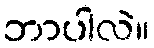
ဘာပါလဲ။